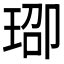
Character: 𬍨